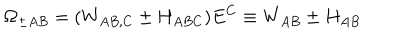
LaTeX: \Omega _ { \pm A B } = ( W _ { A B , C } \pm H _ { A B C } ) E ^ { C } \equiv W _ { A B } \pm H _ { A B }